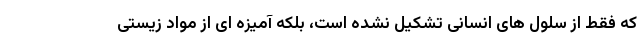
که فقط از سلول های انسانی تشکیل نشده است، بلکه آمیزه ای از مواد زیستی